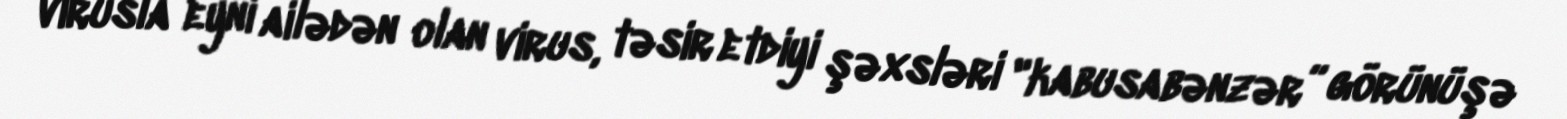
virusla eyni ailədən olan virus, təsir etdiyi şəxsləri "kabusabənzər” görünüşə